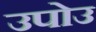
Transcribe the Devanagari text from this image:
उपोउ